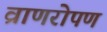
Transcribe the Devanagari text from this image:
व्राणरोपण